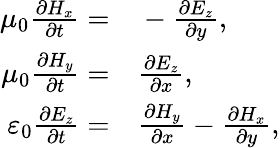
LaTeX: \begin{array}{rl}{\mu_{0}\frac{\partial H_{x}}{\partial t}=}&{{}-\frac{\partial E_{z}}{\partial y},}\\ {\mu_{0}\frac{\partial H_{y}}{\partial t}=}&{{}\frac{\partial E_{z}}{\partial x},}\\ {\varepsilon_{0}\frac{\partial E_{z}}{\partial t}=}&{{}\frac{\partial H_{y}}{\partial x}-\frac{\partial H_{x}}{\partial y},}\end{array}